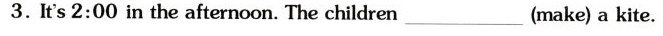
3.It's 2:00 in the afternoon. The children_(make) a kite.